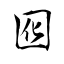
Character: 囮